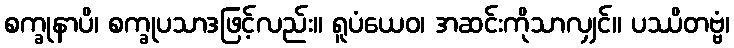
စက္ခုနာပိ၊ စက္ခုပသာဒဖြင့်လည်း။ ရူပံယေဝ၊ အဆင်းကိုသာလျှင်။ ပဿိတဗ္ဗံ၊